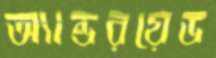
অ্যান্ডরয়েড